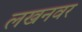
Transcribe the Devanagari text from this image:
लखनवर